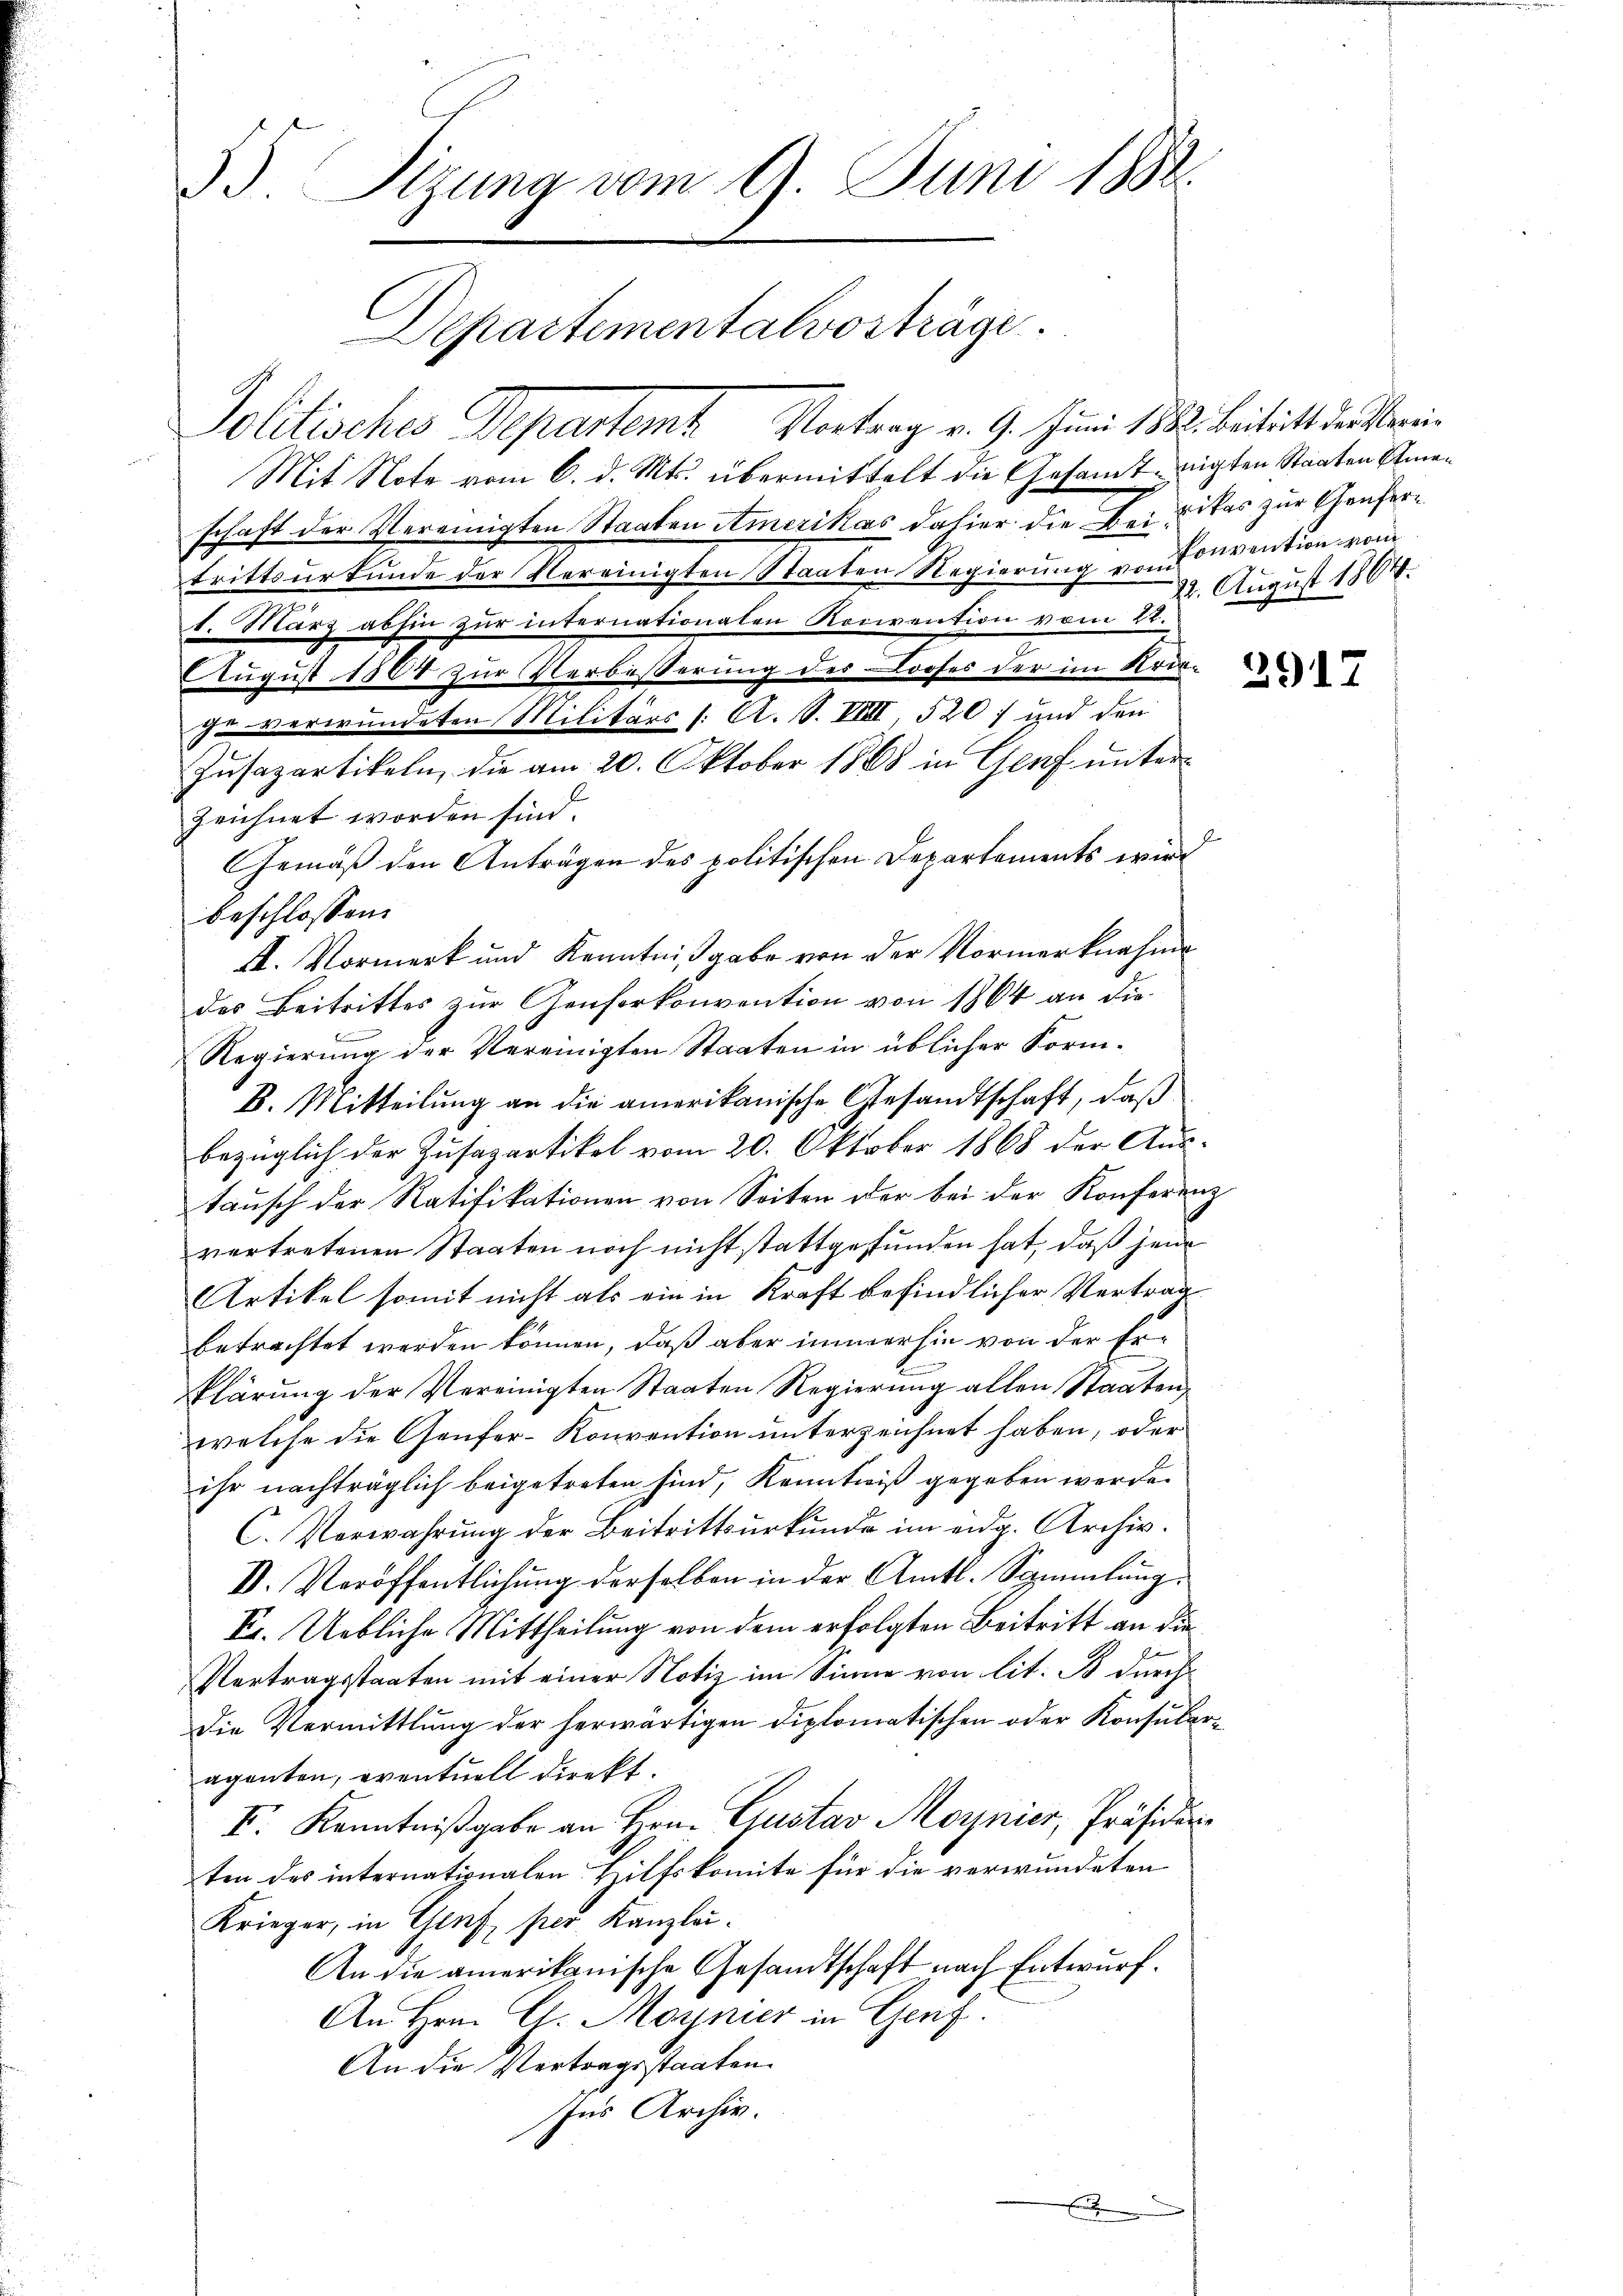
33. Sizung vom 9. Juni 1882.
epartementalvosträge.
Politisches Departemt. Vortrag v. 9. Juni 1882. Beitricht der berei¬

Mit Note vom 6. d. Mts. übermittelt die Gesamt nichten Staaten Emeschaft der Vereinigten Staaten Amerikas dahier die Bei Dikas zur Ghaufertrittsŭrtŭnde der Vereinigten Staaten Regierŭng von Convention vom
1. März abhin zur internationalen Konvention vom 22.
August 1864 zur Verbesserung des Looses der im Kriegeverwundeten Militärs /: A. S. VIIII, 520) und den
Jusapartikeln, die am 20. Oktober 1888 in Genf unterzeichnet worden sind.
Gemäß den Anträgen des politischen Departements wird
beschlossen:
II. Vormerk und Kenntnißgabe von der Vormerknahme
des Beitrittes zur Genferkonvention von 1864 an die
Regierung der Vereinigten Staaten in üblicher Form-
B. Mitteilung an die amerikanische Gesandtschaft, daß
bezüglich der Zusapartikel vom 20. Oktober 1868 der Austausch der Ratifikationen von Seiten der bei der Konferenz
vertretenen Staaten noch nicht stattgefunden hat, daß jene
Artikel somit nicht als ein in Kraft befindlicher Vertrag
betrachtet werden können, daß aber immerhin von der Erklärung der Vereinigten Staaten Regierung allen Staaten,
welche die Genfer-Konvention unterzeichnet haben, oder
ihr nachträglich beigetreten sind, Kenntniß gegeben werde.
C. Verwahrŭng der Beitrittŭrkŭnde im eidg. Archiv.
V. Veröffentlichung derselben in der Amts-Sammlung
Fr. Uebliche Mittheilung von dem erfolgten Beitritt an die
Vertragsstaaten mit einer Notiz im Sinne von lit. B durch
Die Vermittlung der herwärtigen diplomatischen oder Konsularaganten, eventuell direkt.
II. Kenntnißgabe an Hrn. Gustav Moynier, Präsidirten des internationalen Hilfskomite für die verwundeten
Krieger, in Genf, per Kanzlei-
An die amerikanische Gesandtschaft nach Entwurf.
An Hrn. G. Moynier in Genf.
An die Vertragsstaaten.
Ins Archiv.

.

20. August 1864.

3917